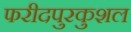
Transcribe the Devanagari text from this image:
फरीदपुरकुशल